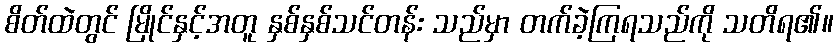
စိတ်ထဲတွင် မြိုင်နှင့်အတူ နှစ်နှစ်သင်တန်း သည်မှာ တက်ခဲ့ကြရသည်ကို သတိရ၏။